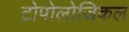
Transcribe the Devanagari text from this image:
टोपोलोजिकल